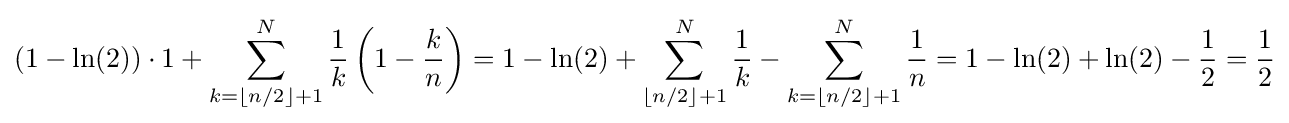
(1-\ln(2))\cdot 1+\sum _{k=\lfloor n/2\rfloor +1}^{N}{\frac {1}{k}}\left(1-{\frac {k}{n}}\right)=1-\ln(2)+\sum _{\lfloor n/2\rfloor +1}^{N}{\frac {1}{k}}-\sum _{k=\lfloor n/2\rfloor +1}^{N}{\frac {1}{n}}=1-\ln(2)+\ln(2)-{\frac {1}{2}}={\frac {1}{2}}